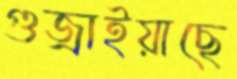
গুজ্‌রাইয়াছে